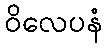
ဝိလေပနံ